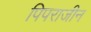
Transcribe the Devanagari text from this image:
पिपराजीन